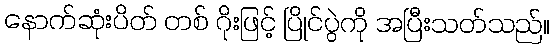
နောက်ဆုံးပိတ် တစ် ဂိုးဖြင့် ပြိုင်ပွဲကို အပြီးသတ်သည်။